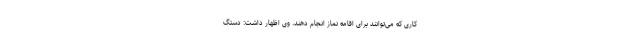
کاری که می‌توانند برای اقامه نماز انجام دهند. وی اظهار داشت: دستگ